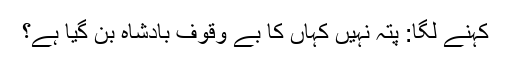
کہنے لگا: پتہ نہیں کہاں کا بے وقوف بادشاہ بن گیا ہے؟